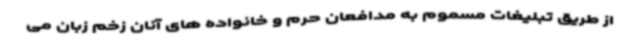
از طریق تبلیغات مسموم به مدافعان حرم و خانواده های آنان زخم زبان می